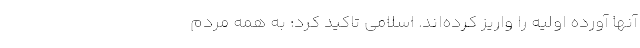
آنها آورده اولیه را واریز کرده‌اند. اسلامی تاکید کرد: به همه مردم